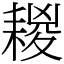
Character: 䎫